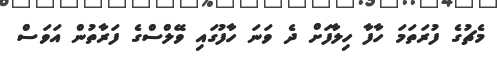
މެޗުގެ ފުރަތަމަ ހާފާ ހިލާފަށް ދެ ވަނަ ހާފުގައި ވޭލްސްގެ ފަރާތުން އަވަސް